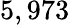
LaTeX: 5,973